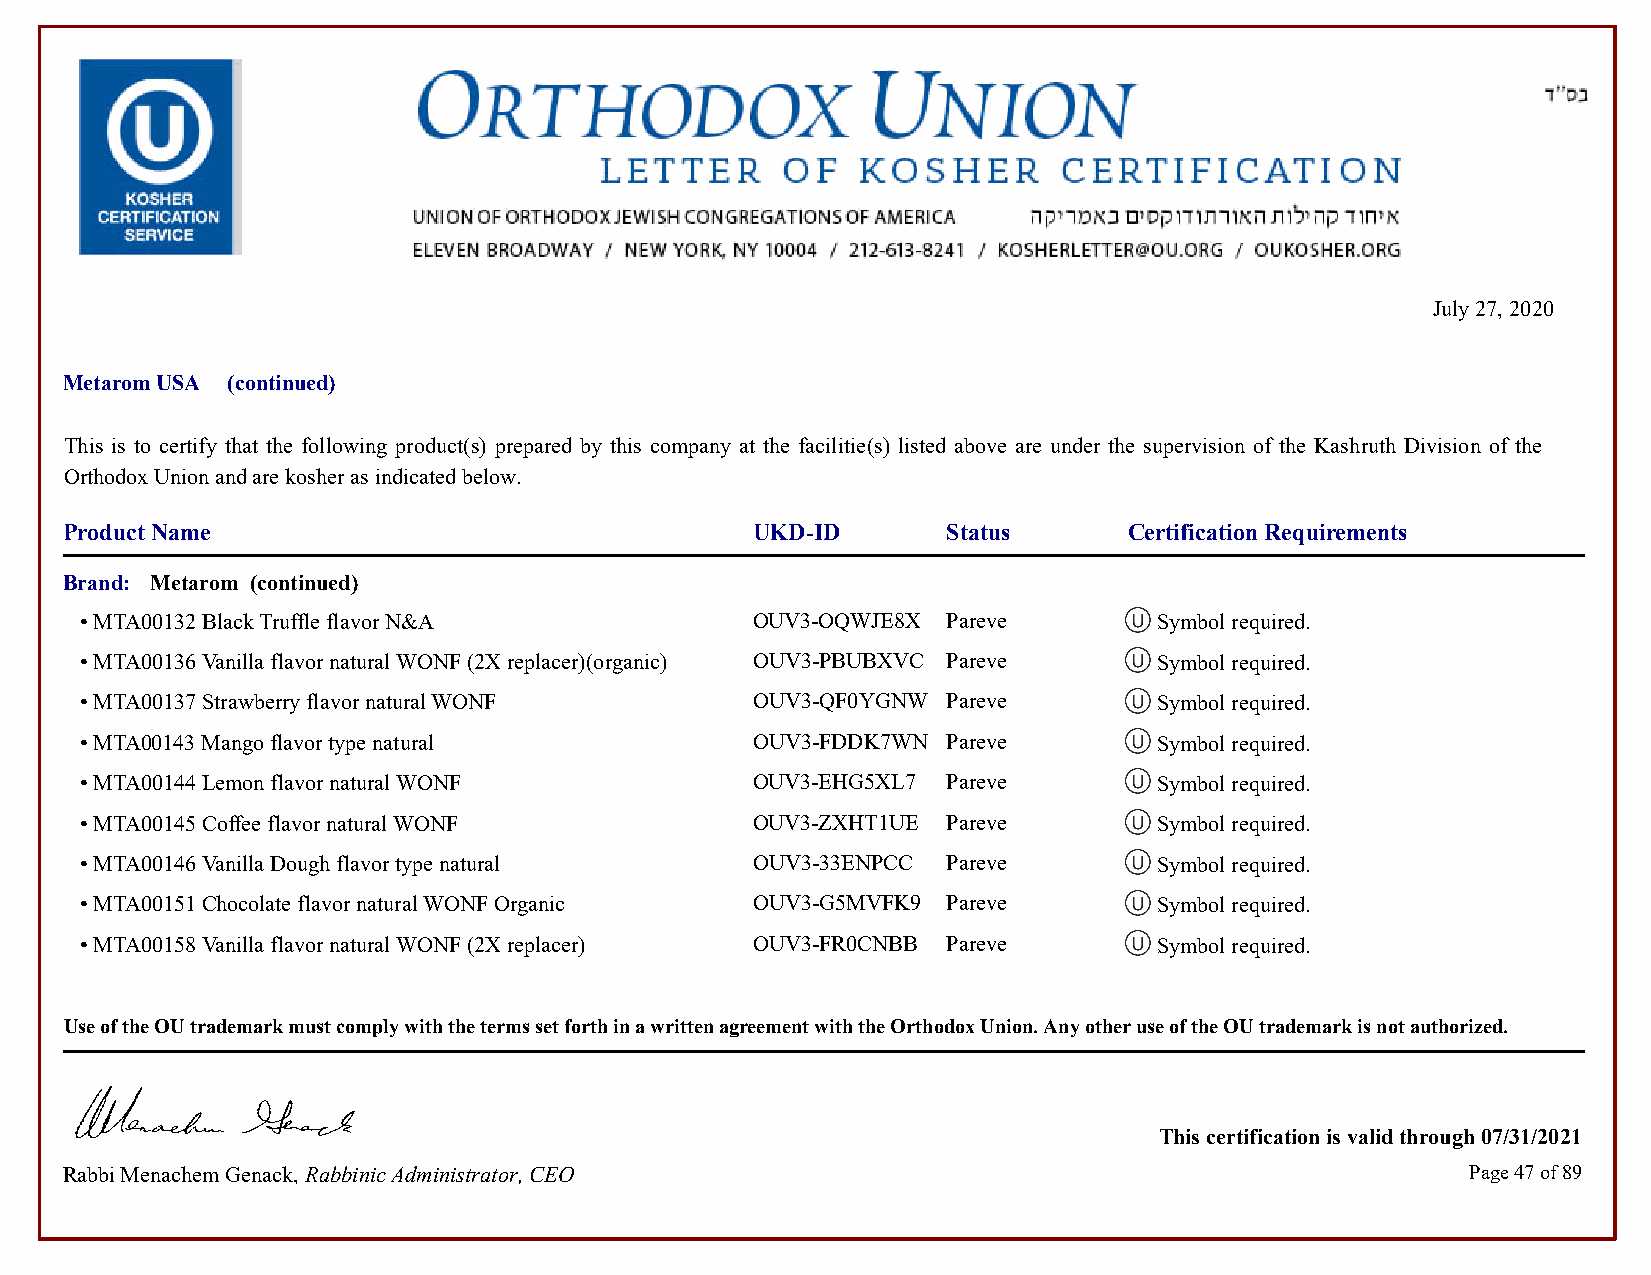
July 27, 2020
 Metarom USA (continued)
 This is to certify that the following product(s) prepared by this company at the facilitie(s) listed above are under the supervision of the Kashruth Division of the
 Orthodox Union and are kosher as indicated below.
 Product Name                                  UKD-ID       Status      Certification Requirements
 Brand: Metarom (continued)
 • MTA00132 Black Truffle flavor N&A          OUV3-OQWJE8X Pareve        Symbol required.            Symbol required.
 • MTA00136 Vanilla flavor natural WONF (2X replacer)(organic) OUV3-PBUBXVC Pareve Symbol required.  Symbol required.
 • MTA00137 Strawberry flavor natural WONF    OUV3-QF0YGNW Pareve        Symbol required.            Symbol required.
 • MTA00143 Mango flavor type natural         OUV3-FDDK7WN Pareve        Symbol required.            Symbol required.
 • MTA00144 Lemon flavor natural WONF         OUV3-EHG5XL7 Pareve        Symbol required.            Symbol required.
 • MTA00145 Coffee flavor natural WONF        OUV3-ZXHT1UE Pareve        Symbol required.            Symbol required.
 • MTA00146 Vanilla Dough flavor type natural OUV3-33ENPCC Pareve        Symbol required.            Symbol required.
 • MTA00151 Chocolate flavor natural WONF Organic OUV3-G5MVFK9 Pareve    Symbol required.            Symbol required.
 • MTA00158 Vanilla flavor natural WONF (2X replacer) OUV3-FR0CNBB Pareve Symbol required.           Symbol required.
 Use of the OU trademark must comply with the terms set forth in a written agreement with the Orthodox Union. Any other use of the OU trademark is not authorized.
 This certification is valid through 07/31/2021
 Rabbi Menachem Genack, Rabbinic Administrator, CEO                                           Page 47 of 89